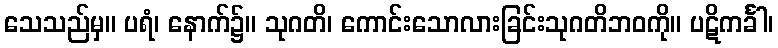
သေသည်မှ။ ပရံ၊ နောက်၌။ သုဂတိ၊ ကောင်းသောလားခြင်းသုဂတိဘဝကို။ ပဋိကင်္ခါ၊